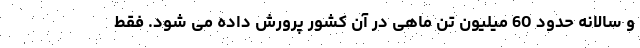
و سالانه حدود 60 میلیون تن ماهی در آن کشور پرورش داده می شود. فقط